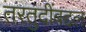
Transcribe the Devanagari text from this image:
तरतुदींबद्दल